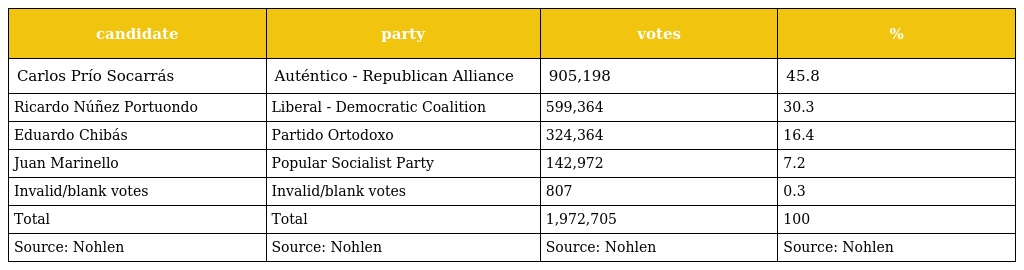
| candidate | party | votes | % |
 | --- | --- | --- | --- |
 | Carlos Prío Socarrás | Auténtico - Republican Alliance | 905,198 | 45.8 |
 | Ricardo Núñez Portuondo | Liberal - Democratic Coalition | 599,364 | 30.3 |
 | Eduardo Chibás | Partido Ortodoxo | 324,364 | 16.4 |
 | Juan Marinello | Popular Socialist Party | 142,972 | 7.2 |
 | Invalid/blank votes | Invalid/blank votes | 807 | 0.3 |
 | Total | Total | 1,972,705 | 100 |
 | Source: Nohlen | Source: Nohlen | Source: Nohlen | Source: Nohlen |